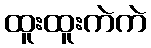
ထူးထူးကဲကဲ